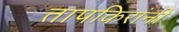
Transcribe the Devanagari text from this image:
तापकिरांनी